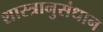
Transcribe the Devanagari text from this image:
शास्त्रानुसंधान